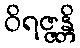
ဝိရဇ္ဇန္တိ